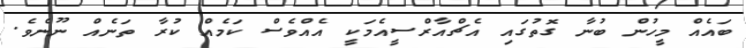
ބައެއް މީހުން ބުނާ ގޮތުގައި އެޗްއާރްސީއެމަކީ އެއްވެސް ކަމެއް ކުރާ ތަނެއް ނޫނެވެ.